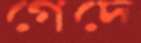
গেদে